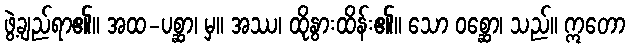
ဖွဲ့ချည်ရာ၏။ အထ-ပစ္ဆာ၊ မှ။ အဿ၊ ထိုနွားထိန်း၏။ သော ဝစ္ဆော၊ သည်။ ဣတော